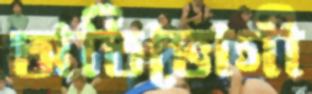
অতিভোগী